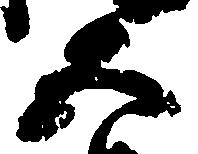
五